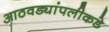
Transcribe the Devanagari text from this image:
आठवड्यांपलीकडे